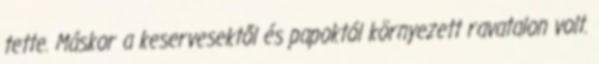
tette. Máskor a keservesektől és papoktól környezett ravatalon volt.